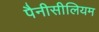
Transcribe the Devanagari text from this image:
पैनीसीलियम